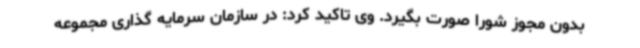
بدون مجوز شورا صورت بگیرد. وی تاکید کرد: در سازمان سرمایه گذاری مجموعه